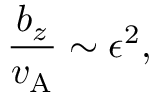
\frac { b _ { z } } { v _ { \mathrm { A } } } \sim \epsilon ^ { 2 } ,